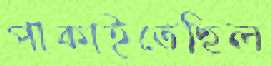
পাকাইতেছিল